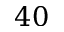
4 0